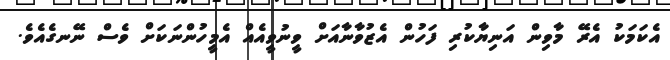
އެކަމަކު އެރޭ މާވިން އަނިޔާކުރި ފަހުން އެޒުވާނާއަށް ވީނުވީއެއް އެމީހުންނަކަށް ވެސް ނޭނގެއެވެ.